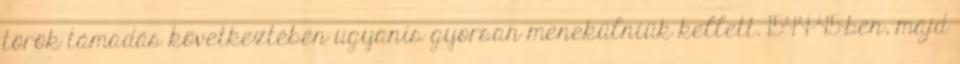
török támadás következtében ugyanis gyorsan menekülniük kellett. 1544-45-ben, majd